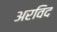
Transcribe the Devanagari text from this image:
अरविद